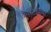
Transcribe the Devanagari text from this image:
क्रिस्टिनिया